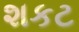
શકટ